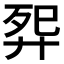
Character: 𬆕